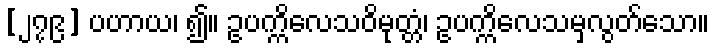
[၂၇၉] ပဟာယ၊ ၍။ ဥပက္ကိလေသဝိမုတ္တံ၊ ဥပက္ကိလေသမှလွတ်သော။